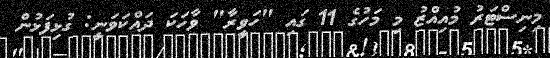
މިނިސްޓަރު މުއިއްޒު މި މަހުގެ 11 ގައި "ހަވީރާ" ވާހަކަ ދައްކަވަނީ: ގުޅިފަޅުން